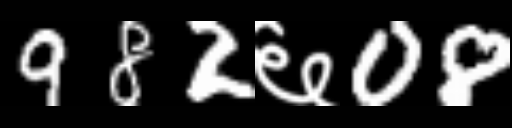
Text: 982६08